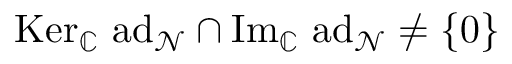
\mathrm { K e r } _ { \mathbb { C } } \ \mathrm { a d } _ { \mathcal { N } } \cap \mathrm { I m } _ { \mathbb { C } } \ \mathrm { a d } _ { \mathcal { N } } \neq \{ 0 \}